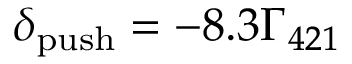
\ensuremath { \delta _ { \mathrm { p u s h } } } = - 8 . 3 \ensuremath { \Gamma _ { 4 2 1 } }